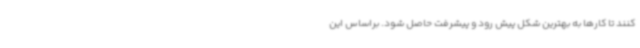
کنند تا کارها به بهترین شکل پیش رود و پیشرفت حاصل شود. براساس این